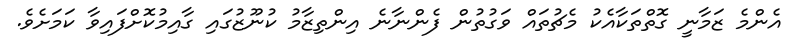
އެންމެ ޒަމާނީ ގޮތްތަކާއެކު މެޗުތައް ވަގުތުން ފެންނާނެ އިންތިޒާމު ކުނޫޒުގައި ގާއިމުކޮށްފައިވާ ކަމަށެވެ.